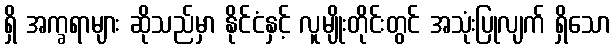
ရှိ အက္ခရာများ ဆိုသည်မှာ နိုင်ငံနှင့် လူမျိုးတိုင်းတွင် အသုံးပြုလျက် ရှိသော